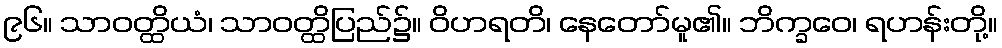
၉၆။ သာဝတ္ထိယံ၊ သာဝတ္ထိပြည်၌။ ဝိဟရတိ၊ နေတော်မူ၏။ ဘိက္ခဝေ၊ ရဟန်းတို့။